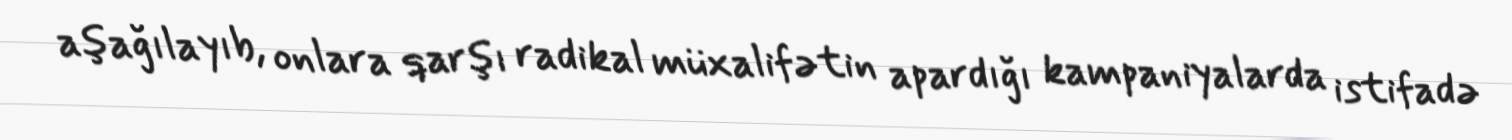
aşağılayıb, onlara qarşı radikal müxalifətin apardığı kampaniyalarda istifadə